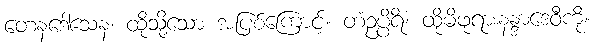
တေနဒေါသေန၊ ထိုသို့သော အပြစ်ကြောင့်။ တံဥပ္ပိရိံ၊ ထိုမိဖုရားနန္ဒာဒေဝီကို။